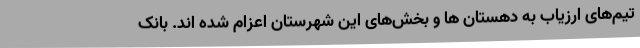
تیم‌های ارزیاب به دهستان ها و بخش‌های این شهرستان اعزام شده اند. بانک